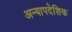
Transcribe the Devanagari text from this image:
अन्यापदेशिक